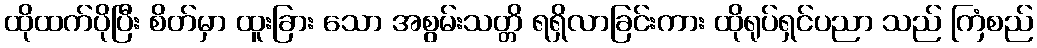
ထိုထက်ပိုပြီး စိတ်မှာ ထူးခြား သော အစွမ်းသတ္တိ ရရှိလာခြင်းကား ထိုရုပ်ရှင်ပညာ သည် ကြံစည်